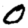
Digit: 0